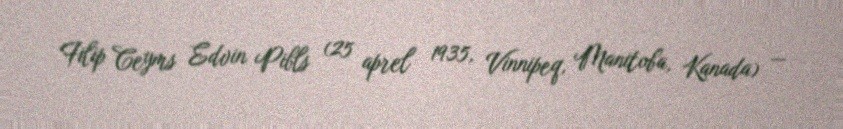
Filip Ceyms Edvin Pibls (25 aprel 1935, Vinnipeq, Manitoba, Kanada) —